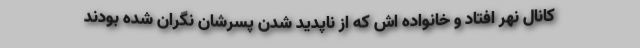
کانال نهر افتاد و خانواده اش که از ناپدید شدن پسرشان نگران شده بودند